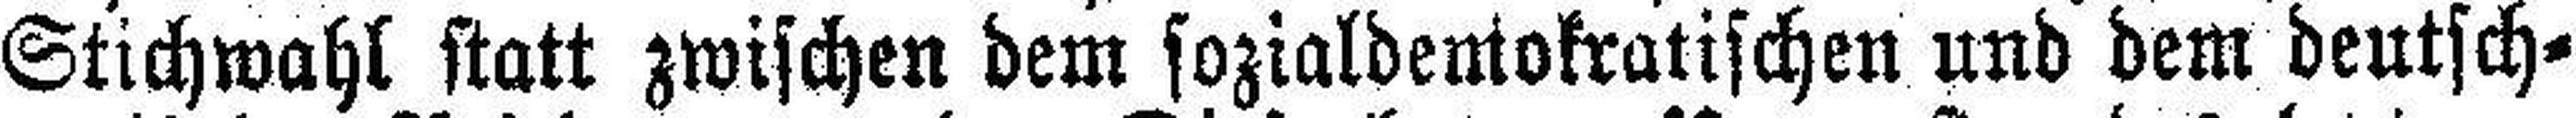
Stichwahl statt zwischen dem sozialdemokratischen und dem deutsch¬